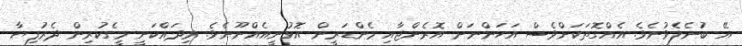
އޭ ބުނެލެވުނެވެ. އެއްގޮތަކަށްވެސް އަހަންނަށް އޮރެންޖާއި މެންޑަރީން އޮޅުނީއެއްނޫނެވެ. މިދައްކަނީ މީގެކުރިން ދެރުފިޔާ